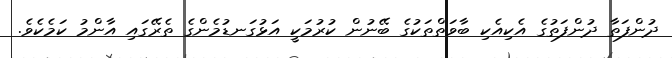
ދުންފަތާ ދުންފަތުގެ އެކިއެކި ބާވަތްތަކުގެ ބޭނުން ކުރުމަކީ އަޅުގަނޑުމެންގެ ތެރޭގައި އާންމު ކަމެކެވެ.